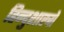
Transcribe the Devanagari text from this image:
हिन्दुशास्त्रों